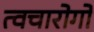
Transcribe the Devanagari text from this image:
त्वचारोगों